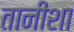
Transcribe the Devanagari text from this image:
तानीशा